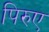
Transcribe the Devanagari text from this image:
पिरुए